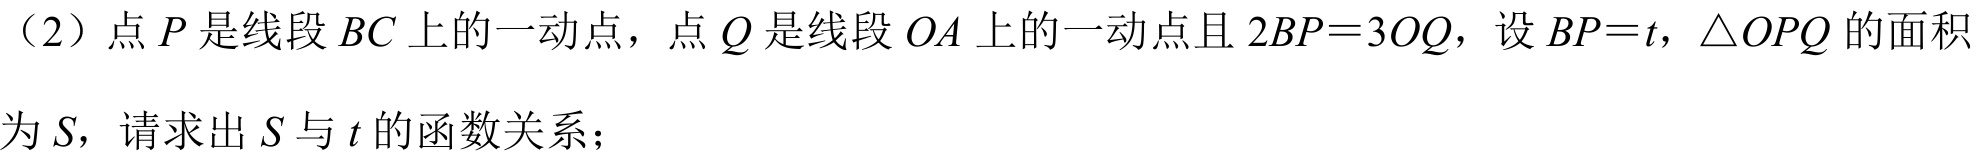
（2）点\(P\)是线段\(BC\)上的一动点，点\(Q\)是线段\(OA\)上的一动点且\(2BP = 3OQ\)，设\(BP=t\)，\(\triangle OPQ\)的面积为\(S\)，请求出\(S\)与\(t\)的函数关系；